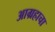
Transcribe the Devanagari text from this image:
आग्रहाचा